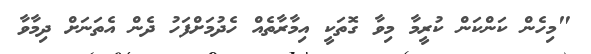
"މިހެން ކަންކަން ކުރީމާ މިވާ ގޮތަކީ އިމާރާތެއް ހެދުމަށްފަހު ދެން އެތަނަށް ދިމާވާ